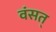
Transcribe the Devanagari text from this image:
वंसत्‌